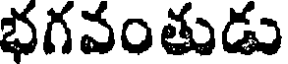
భగవంతుడు